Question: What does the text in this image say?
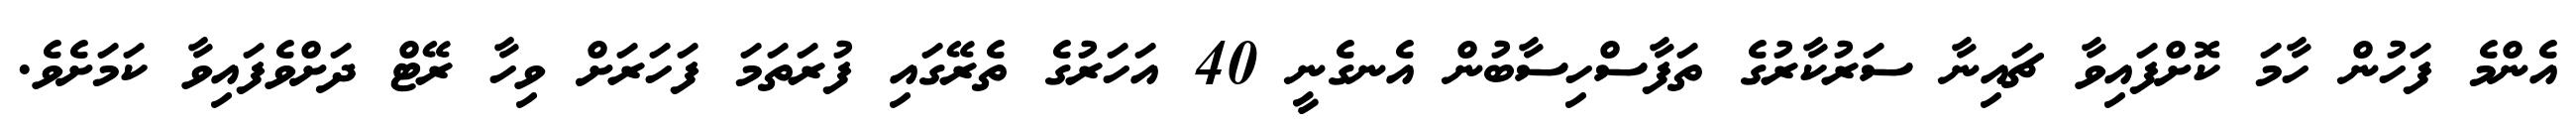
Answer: އެންމެ ފަހުން ހާމަ ކޮށްފައިވާ ޗައިނާ ސަރުކާރުގެ ތަފާސްހިސާބުން އެނގެނީ 40 އަހަރުގެ ތެރޭގައި ފުރަތަމަ ފަހަރަށް ވިހާ ރޭޓް ދަށްވެފައިވާ ކަމަށެވެ.